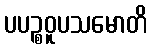
ပပဉ္စဝူပသမောတိ